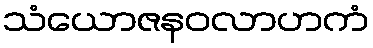
သံယောဇနဝလာဟကံ